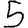
Digit: 5